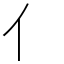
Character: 亻